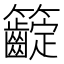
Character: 𥸟